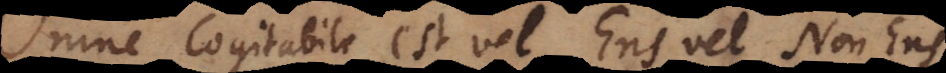
mne Cogitabile est vel Ens vel Non Ens.